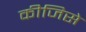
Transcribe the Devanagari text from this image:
कीजिसे